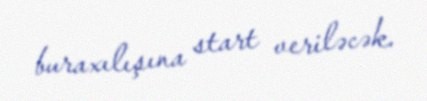
buraxılışına start veriləcək.